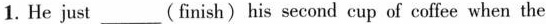
1. He just___(finish)his second cup of coffee when the